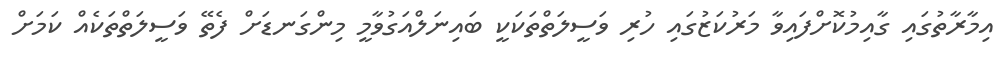
އިމާރާތުގައި ގާއިމުކޮށްފައިވާ މަރުކަޒުގައި ހުރި ވަސީލަތްތަކަކީ ބައިނަލްއަގުވާމީ މިންގަނޑަށް ފެތޭ ވަސީލަތްތަކެއް ކަމަށް